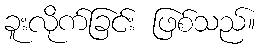
ခူးလိုက်ခြင်း ဖြစ်သည်။